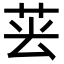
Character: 𦮚